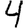
Digit: 4